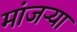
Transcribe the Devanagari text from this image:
मांजऱ्या